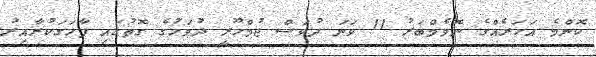
ކޮންމެ އަހަރެއްގެ ނޮވެމްބަރު 11 ވަނަ ދުވަސް ޖުމްހޫރީ ދުވަހުގެ ގޮތުގައި ފާހަގަކުރާއިރު